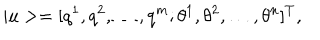
LaTeX: | u > = [ q ^ { 1 } , q ^ { 2 } , \dots , q ^ { m } ; \theta ^ { 1 } , \theta ^ { 2 } , \dots , \theta ^ { n } ] ^ { T } ,